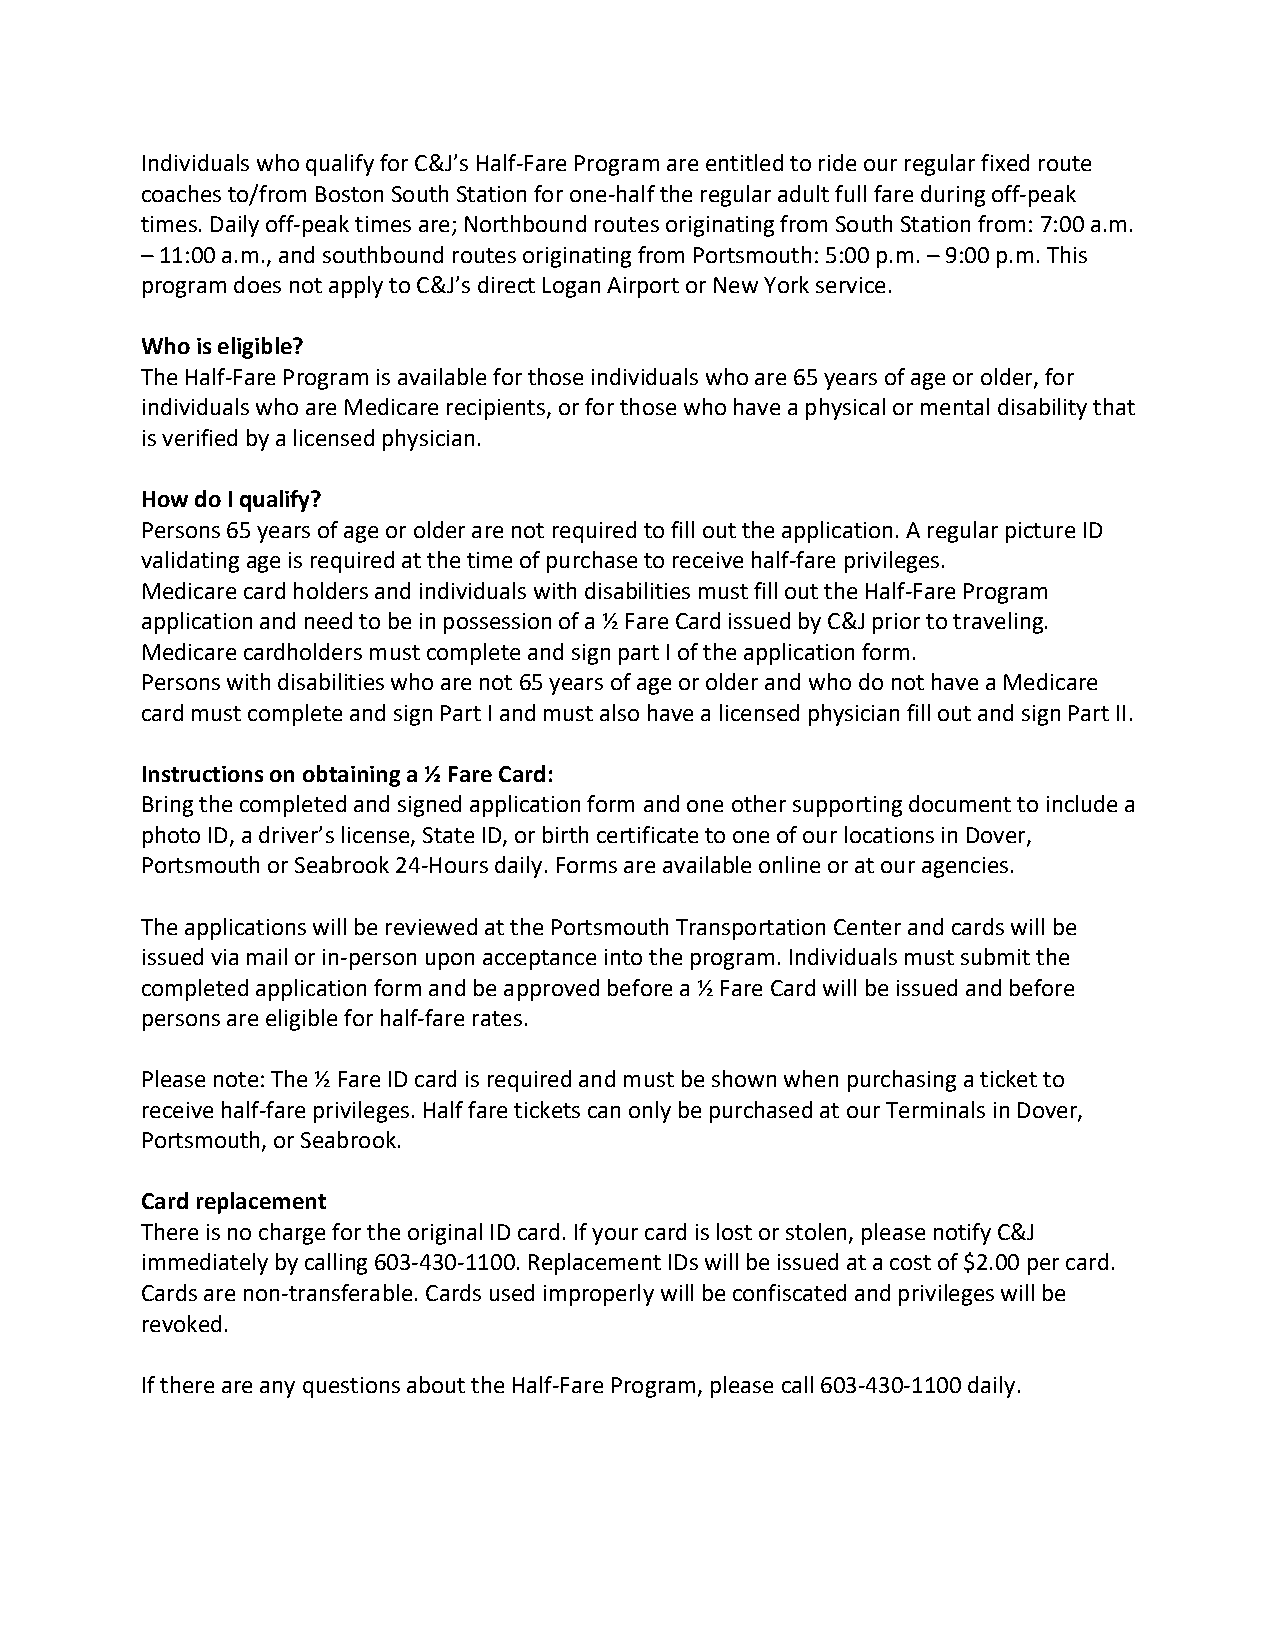
Individuals who qualify for C&J’s Half-Fare Program are entitled to ride our regular fixed route
 coaches to/from Boston South Station for one-half the regular adult full fare during off-peak
 times. Daily off-peak times are; Northbound routes originating from South Station from: 7:00 a.m.
 – 11:00 a.m., and southbound routes originating from Portsmouth: 5:00 p.m. – 9:00 p.m. This
 program does not apply to C&J’s direct Logan Airport or New York service.
 Who is eligible?
 The Half-Fare Program is available for those individuals who are 65 years of age or older, for
 individuals who are Medicare recipients, or for those who have a physical or mental disability that
 is verified by a licensed physician.
 How do I qualify?
 Persons 65 years of age or older are not required to fill out the application. A regular picture ID
 validating age is required at the time of purchase to receive half-fare privileges.
 Medicare card holders and individuals with disabilities must fill out the Half-Fare Program
 application and need to be in possession of a ½ Fare Card issued by C&J prior to traveling.
 Medicare cardholders must complete and sign part I of the application form.
 Persons with disabilities who are not 65 years of age or older and who do not have a Medicare
 card must complete and sign Part I and must also have a licensed physician fill out and sign Part II.
 Instructions on obtaining a ½ Fare Card:
 Bring the completed and signed application form and one other supporting document to include a
 photo ID, a driver’s license, State ID, or birth certificate to one of our locations in Dover,
 Portsmouth or Seabrook 24-Hours daily. Forms are available online or at our agencies.
 The applications will be reviewed at the Portsmouth Transportation Center and cards will be
 issued via mail or in-person upon acceptance into the program. Individuals must submit the
 completed application form and be approved before a ½ Fare Card will be issued and before
 persons are eligible for half-fare rates.
 Please note: The ½ Fare ID card is required and must be shown when purchasing a ticket to
 receive half-fare privileges. Half fare tickets can only be purchased at our Terminals in Dover,
 Portsmouth, or Seabrook.
 Card replacement
 There is no charge for the original ID card. If your card is lost or stolen, please notify C&J
 immediately by calling 603-430-1100. Replacement IDs will be issued at a cost of $2.00 per card.
 Cards are non-transferable. Cards used improperly will be confiscated and privileges will be
 revoked.
 If there are any questions about the Half-Fare Program, please call 603-430-1100 daily.